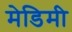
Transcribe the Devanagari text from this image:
मेडिमी